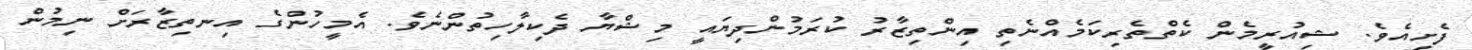
ފެށިއެވެ. ޝިއުރީމެން ކެތްތެރިކަމެއްނެތި އިންތިޒާރު ކުރަމުންދިޔައީ މިޝްޔާ ދެކިލާހިތުންނެވެ. އެމީހުންގެ އިނތިޒާރަށް ނިމުން